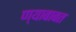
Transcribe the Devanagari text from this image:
ण्याबाबत